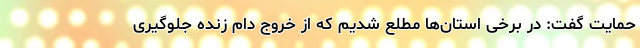
حمایت گفت: در برخی استان‌ها مطلع شدیم که از خروج دام زنده جلوگیری